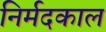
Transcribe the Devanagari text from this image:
निर्मदकाल